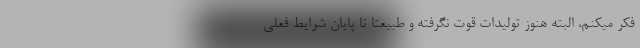
فکر میکنم، البته هنوز تولیدات قوت نگرفته و طبیعتا تا پایان شرایط فعلی